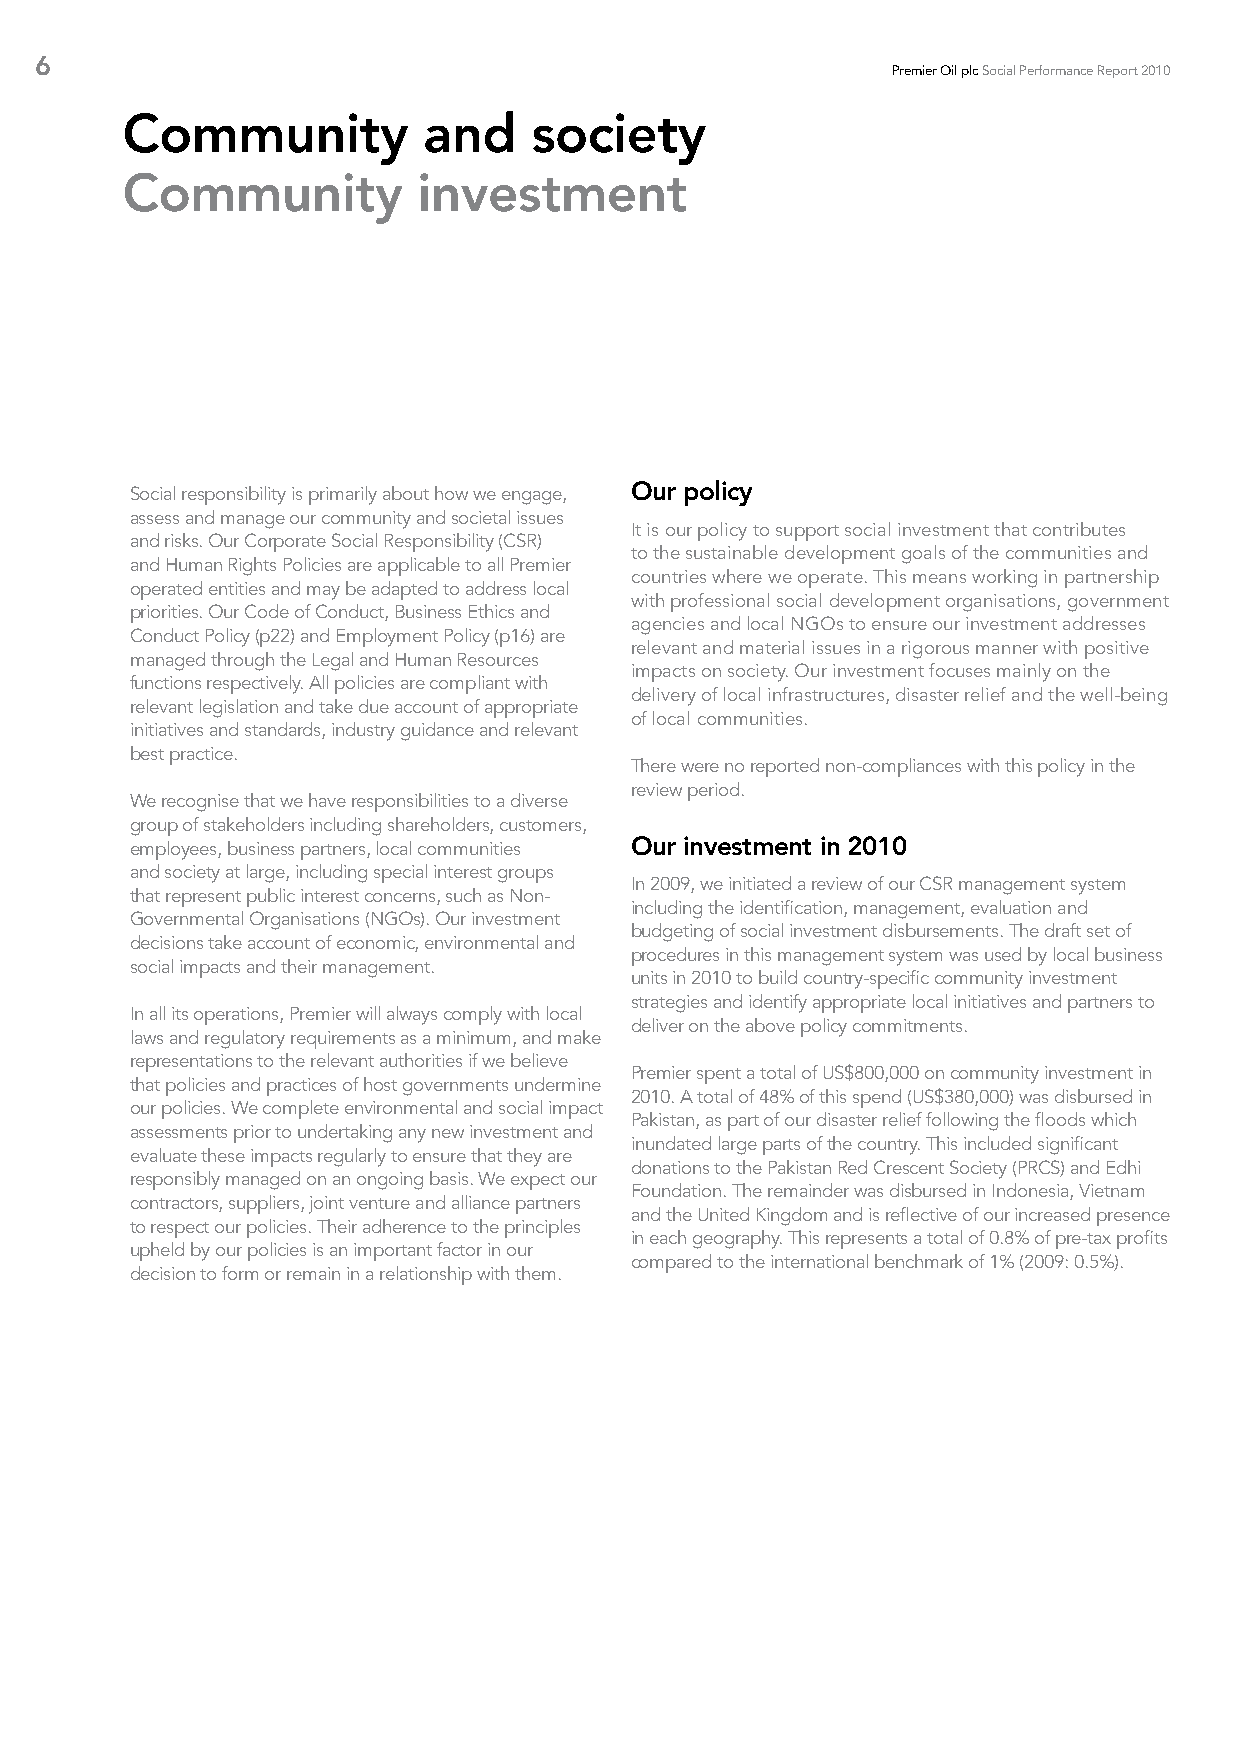
6
 Premier Oil plc Social Performance Report 2010
 Community           and    society
 Community           investment
 Social responsibility is primarily about how we engage, Our policy
 assess and manage our community and societal issues
 It is our policy to support social investment that contributes
 and risks. Our Corporate Social Responsibility (CSR)
 to the sustainable development goals of the communities and
 and Human Rights Policies are applicable to all Premier
 countries where we operate. This means working in partnership
 operated entities and may be adapted to address local
 with professional social development organisations, government
 priorities. Our Code of Conduct, Business Ethics and
 agencies and local NGOs to ensure our investment addresses
 Conduct Policy (p22) and Employment Policy (p16) are
 relevant and material issues in a rigorous manner with positive
 managed through the Legal and Human Resources
 impacts on society. Our investment focuses mainly on the
 functions respectively. All policies are compliant with
 delivery of local infrastructures, disaster relief and the well-being
 relevant legislation and take due account of appropriate
 of local communities.
 initiatives and standards, industry guidance and relevant
 best practice.
 There were no reported non-compliances with this policy in the
 review period.
 We recognise that we have responsibilities to a diverse
 group of stakeholders including shareholders, customers,
 employees, business partners, local communities Our investment in 2010
 and society at large, including special interest groups
 In 2009, we initiated a review of our CSR management system
 that represent public interest concerns, such as Non-
 including the identification, management, evaluation and
 Governmental Organisations (NGOs). Our investment
 budgeting of social investment disbursements. The draft set of
 decisions take account of economic, environmental and
 procedures in this management system was used by local business
 social impacts and their management.
 units in 2010 to build country-specific community investment
 strategies and identify appropriate local initiatives and partners to
 In all its operations, Premier will always comply with local
 deliver on the above policy commitments.
 laws and regulatory requirements as a minimum, and make
 representations to the relevant authorities if we believe
 Premier spent a total of US$800,000 on community investment in
 that policies and practices of host governments undermine
 2010. A total of 48% of this spend (US$380,000) was disbursed in
 our policies. We complete environmental and social impact
 Pakistan, as part of our disaster relief following the floods which
 assessments prior to undertaking any new investment and
 inundated large parts of the country. This included significant
 evaluate these impacts regularly to ensure that they are
 donations to the Pakistan Red Crescent Society (PRCS) and Edhi
 responsibly managed on an ongoing basis. We expect our
 Foundation. The remainder was disbursed in Indonesia, Vietnam
 contractors, suppliers, joint venture and alliance partners
 and the United Kingdom and is reflective of our increased presence
 to respect our policies. Their adherence to the principles
 in each geography. This represents a total of 0.8% of pre-tax profits
 upheld by our policies is an important factor in our
 compared to the international benchmark of 1% (2009: 0.5%).
 decision to form or remain in a relationship with them.